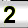
Digit: 2